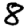
Digit: 8